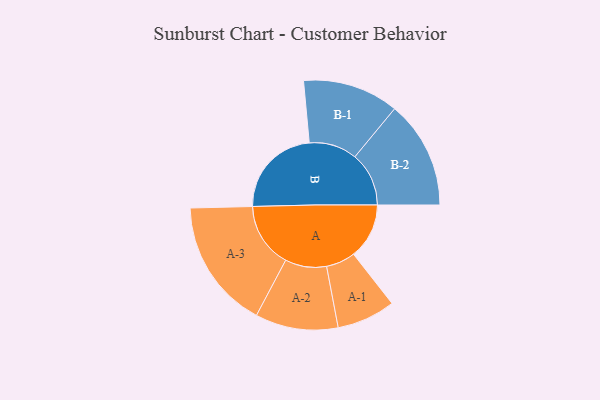
{"axis": {"x": "Segment", "y": "Value"}, "legend": ["", "A", "B"], "data": [{"x": "A", "y": 243, "type": ""}, {"x": "B", "y": 403, "type": ""}, {"x": "A-1", "y": 128, "type": "A"}, {"x": "A-2", "y": 181, "type": "A"}, {"x": "A-3", "y": 284, "type": "A"}, {"x": "B-1", "y": 210, "type": "B"}, {"x": "B-2", "y": 236, "type": "B"}]}